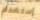
إستخدام